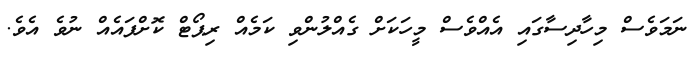
ނަމަވެސް މިހާދިސާގައި އެއްވެސް މީހަކަށް ގެއްލުންވި ކަމެއް ރިޕޯޓް ކޮށްފައެއް ނުވެ އެވެ.